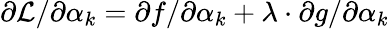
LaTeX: \partial{\mathcal{L}}/\partial\alpha_{k}=\partial f/\partial\alpha_{k}+\lambda\cdot\partial g/\partial\alpha_{k}